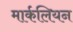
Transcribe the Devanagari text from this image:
मार्कलियन